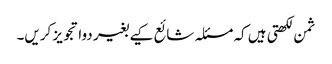
ثمن لکھتی ہیں کہ مسئلہ شائع کیے بغیر دوا تجویز کریں۔